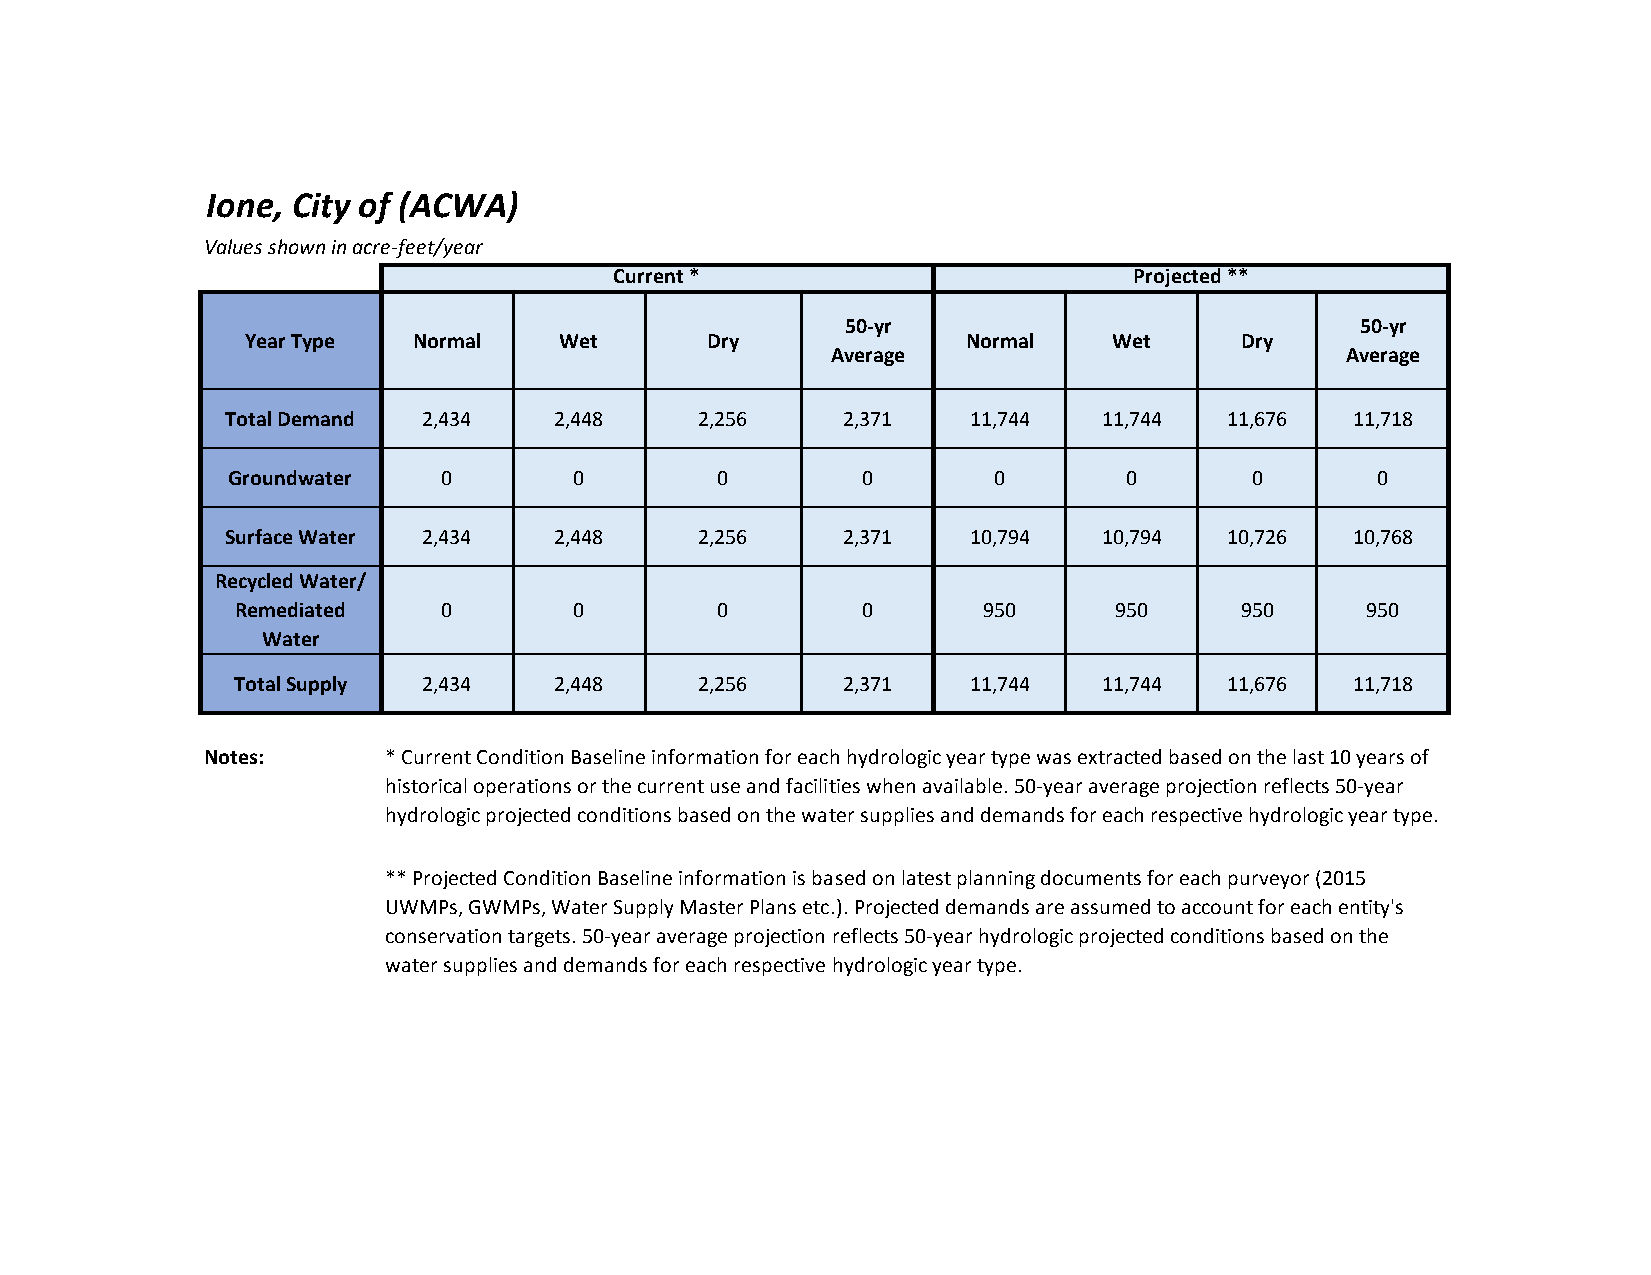
Ione, City of (ACWA)
 Values shown in acre-feet/year
 Current *                         Projected **
 50-yr                             50-yr
 Year Type  Normal    Wet       Dry              Normal    Wet     Dry
 Average                           Average
 Total Demand 2,434    2,448    2,256     2,371   11,744   11,744  11,676   11,718
 Groundwater   0        0        0         0        0       0        0       0
 Surface Water 2,434   2,448    2,256     2,371   10,794   10,794  10,726   10,768
 Recycled Water/
 Remediated   0        0        0         0       950      950     950     950
 Water
 Total Supply 2,434    2,448    2,256     2,371   11,744   11,744  11,676   11,718
 Notes:     * Current Condition Baseline information for each hydrologic year type was extracted based on the last 10 years of
 historical operations or the current use and facilities when available. 50-year average projection reflects 50-year
 hydrologic projected conditions based on the water supplies and demands for each respective hydrologic year type.
 ** Projected Condition Baseline information is based on latest planning documents for each purveyor (2015
 UWMPs, GWMPs, Water Supply Master Plans etc.). Projected demands are assumed to account for each entity's
 conservation targets. 50-year average projection reflects 50-year hydrologic projected conditions based on the
 water supplies and demands for each respective hydrologic year type.